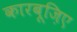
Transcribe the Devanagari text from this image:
कारबूज़िए